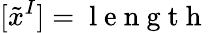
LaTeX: [\tilde{x}^{I}]=\mathrm{~l~e~n~g~t~h~}